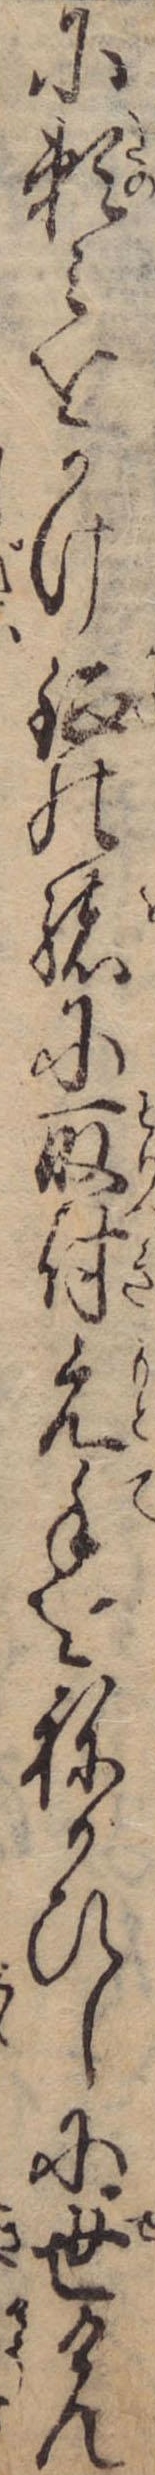
に頼みをかけ鉦の緒に取付元手をねかひしに世けん